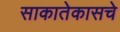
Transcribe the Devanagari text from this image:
साकातेकासचे